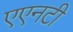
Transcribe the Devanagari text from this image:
एएनटी